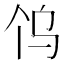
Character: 𱍼